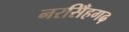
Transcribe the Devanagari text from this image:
नरसिँहगढ़